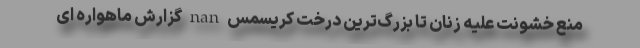
منع خشونت علیه زنان تا بزرگ‌ترین درخت کریسمس nan گزارش ماهواره ای